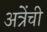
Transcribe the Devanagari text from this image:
अत्रेंची